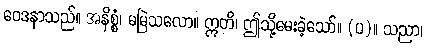
ဝေဒနာသည်။ အနိစ္စံ၊ မမြဲသလော။ ဣတိ၊ ဤသို့မေးခဲ့သော်။ (ပ)။ သညာ၊